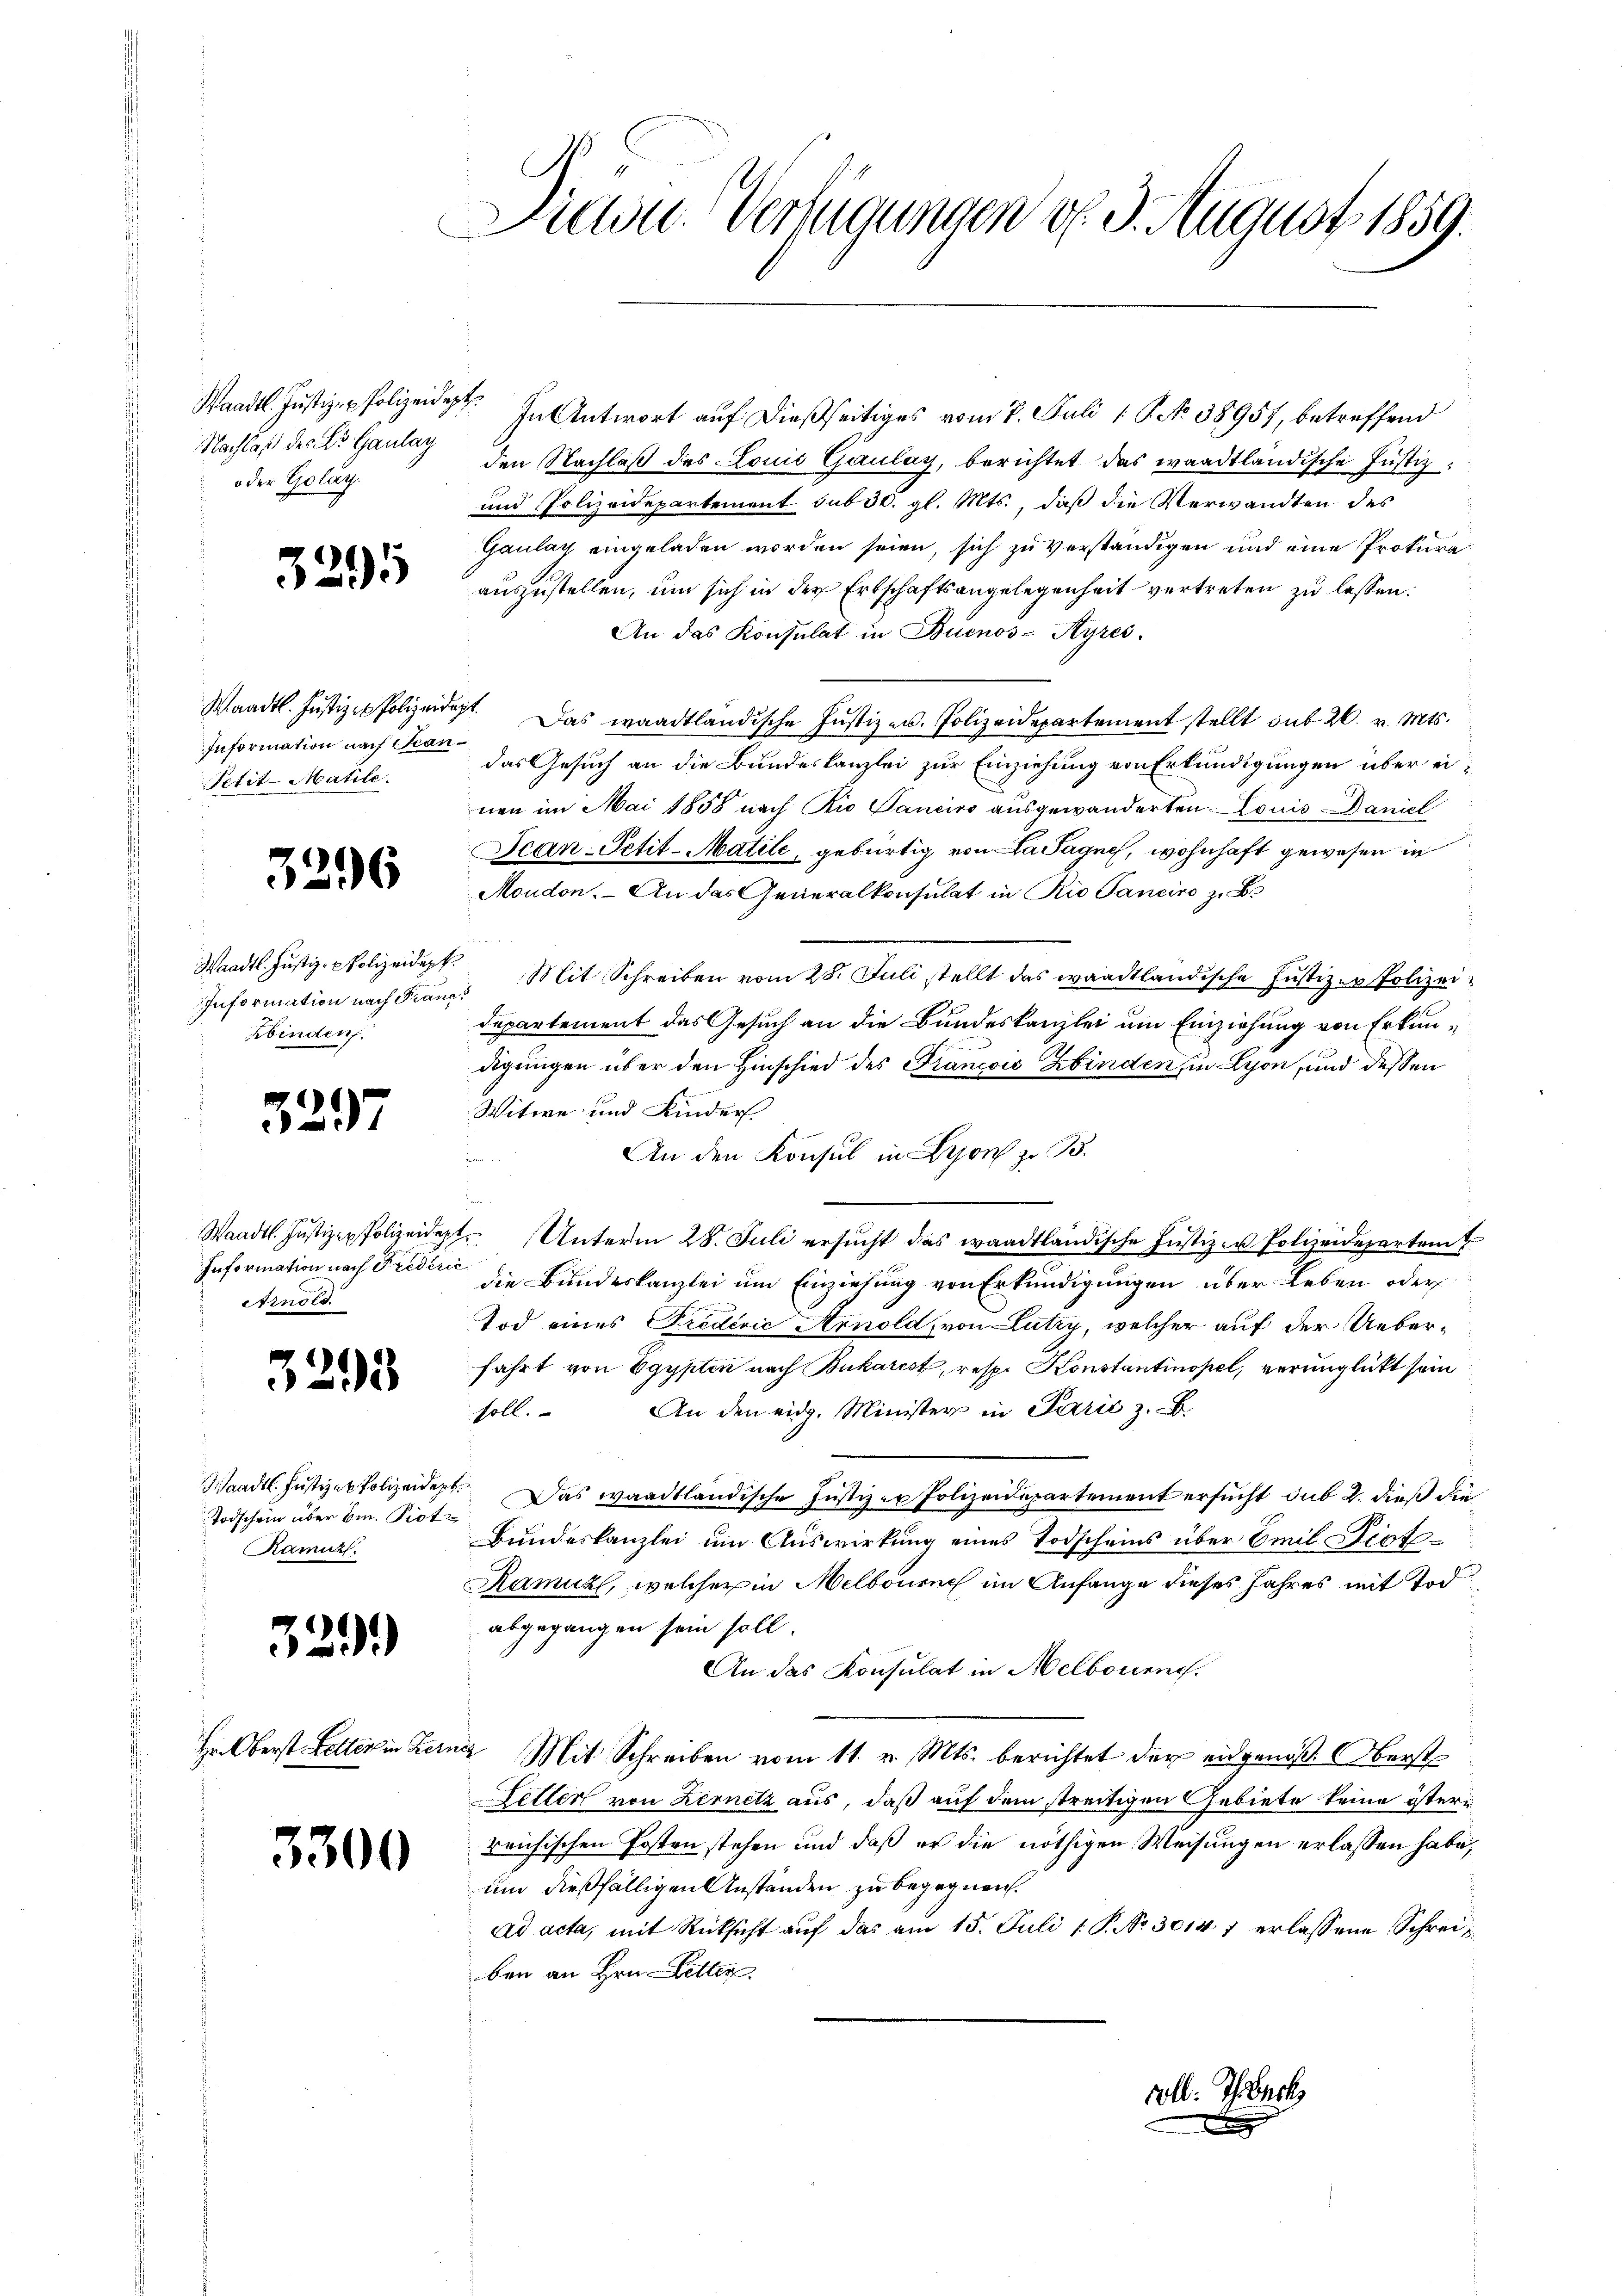
Waadt. Justizen Polizeidept
Nachlaß des L. Gaulay
oder Goläth.

3295

p.
Information nach Stan¬
Petit-Matile.

3296

Waadt. Justiz-Polizeidepk
Information nach Franc
Kbinden.

6
237

Information nach Frederic
etinold.

3293

Todschein über 6m. Prot
Ramuz.

339.

3300

In Antwort auf dießseitiges vom 7. Juli 19 No 38957, betreffend
den Nachlaß des Louić Gaulay, berichtet das waadtländische Justiz¬
und Polizeidepartement sub 30. gl. Mts., daß die Verwandten des
Gaulay eingeladen worden seien, sich zu verständigen und eine Prokuraauszustellen, um sich in der Erbschaftsangelegenheit vertreten zu lassen.
An das Konsulat in Buenos-Ayres.
Waadt. Justiz - Polizeidigt. Das waadtländische Justiz- u. Polizeidepartement stellt sub 20. v. Mts.
das Gesuch an die Bundeskanzlei zur Einziehung von Erkundigungen über einen im Mai 1858 nach Rio Cancirs ausgewanderten Louis Daniel
Dean-Petit-Matile, gebürtig von Da Jagne, wohnhaft gewesen in
Moudon. - An das Generalkonsulat in Rio Saneiro zu B.
Mit Schreiben vom 28. Juli stellt das waadtländische Justiz- & Polizeidepartement das Gesuch an die Bundeskanzlei um Einziehung von Erkundigungen über den Hinschied des Francois Erbinden, in Lyon, und dessen
Witwe und Kinder
An den Konsul in Lyon zu B.
Waadt. Jŭstiz-Polizeidept. Unterm 28. Juli ersŭcht das waadtländische Justiz- u Polizeidepartem
die Bundeskanzlei um Einziehung von Erkundigungen über Leben oder
Tod eines Predivić Arnold, von Lutry, welcher auf der Ueberfahrt von Egypten nach Bukarest, resp. Konstantinopel, verunglückt sein
An den eidg. Minister in Parić z. B.
soll.
Waadt Jŭstiz-Polizeidept. Das waadtländische Justiz - Polizeidepartement ersucht sub 2. dieß die
Bundeskanzlei um Auswirkung eines Todscheins über Emil Piot¬
Ramuel, welcher in Melbourni im Anfange dieses Jahres mit Tod
abgegangen sein soll.
An das Konsulat in Melbouen.
In Oberst Lotter in Kerner Mit Schreiben vom 11. v. Mts. berichtet der eidgenoß OOberst
Letter von Lernetz aus, daß auf dem streitigen Gebiete keine österirrichischen Posten stehen und daß er die nöthigen Weisungen erlassen habe,
um dießfälligen Anständen zu begegnen.
ad acta, mit Rücksicht auf das am 15. Juli 1 P. No 3014 7 erlassene Schreiben an Hrn. Better

Diele Verfügungen d. 9. August 1859.

coll: Tuch